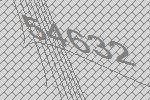
54632